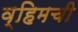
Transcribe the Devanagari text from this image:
व्हिमची